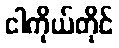
ငါကိုယ်တိုင်